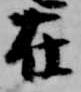
在